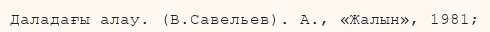
Даладағы алау. (В.Савельев). А., «Жалын», 1981;